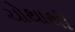
ચોથાથી